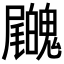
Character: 𡳺